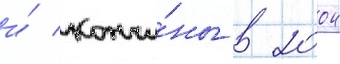
и́ кончи́ны в 2004